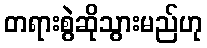
တရားစွဲဆိုသွားမည်ဟု